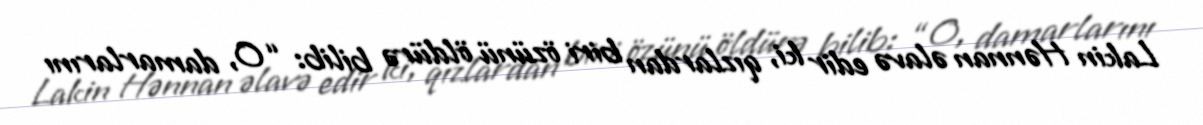
Lakin Hənnan əlavə edir ki, qızlardan biri özünü öldürə bilib: “O, damarlarını